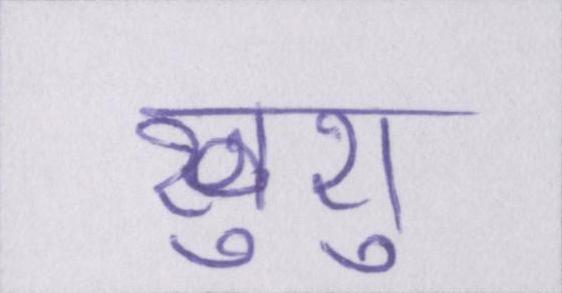
खुशु